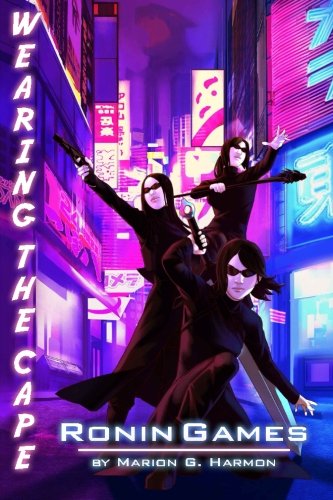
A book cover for Ronin Games (Wearing the Cape) (Volume 5); Marion G. Harmon; Science Fiction & Fantasy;